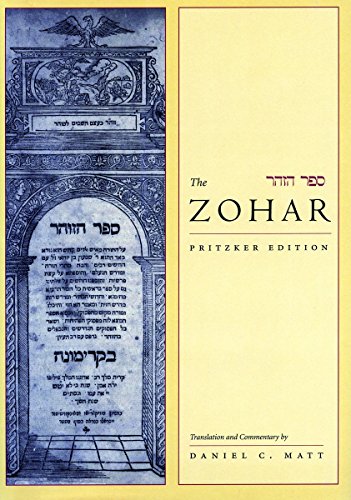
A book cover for The Zohar: Pritzker Edition, Vol. 2; Daniel C. Matt; Religion & Spirituality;